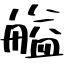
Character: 艗